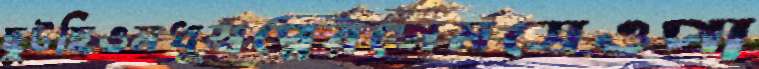
ছুটছিওমধুস্বপ্নেরগেমসেওপা